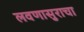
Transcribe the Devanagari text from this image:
लवणासुराचा